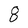
Character: 8